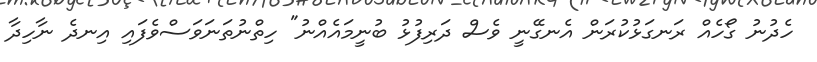
ހެދުނު ގޯހެއް ރަނގަޅުކުރަން އެނގޭނީ ވެސް ދަރިފުޅު ބުނީމައެއްނު" ހިތްނުތަނަވަސްވެފައި އިނދެ ނާހިދާ